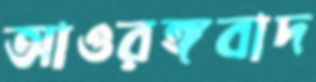
আওরঙ্গবাদ